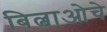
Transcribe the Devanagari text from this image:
बिल्बाओचे